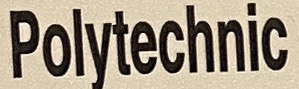
Polytechnic